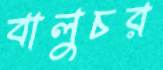
বালুচর